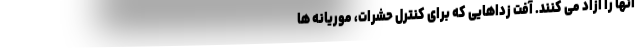
آنها را آزاد می کنند. آفت زداهایی که برای کنترل حشرات، موریانه ها